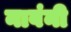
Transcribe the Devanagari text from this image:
नावंनी